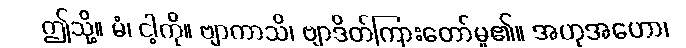
ဤသို့။ မံ၊ ငါ့ကို။ ဗျာကာသိ၊ ဗျာဒိတ်ကြားတော်မူ၏။ အဟုအဟော၊